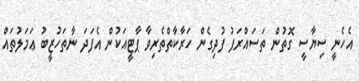
އެހެނީ ސިޔާސީ ގޮތުން ތަސައްރަފު ފުދިގެން ހަރާކާތްތެރިވާ ޕާޓީއަކުން އެފަދަ ނާތަހުޒީބު ޢަމަލުތައް